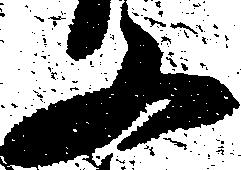
又